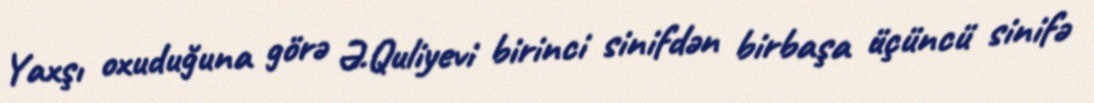
Yaxşı oxuduğuna görə Ə.Quliyevi birinci sinifdən birbaşa üçüncü sinifə